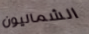
الشماليون